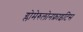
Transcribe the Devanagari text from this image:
ग्लोमेरुलोनफ्राइटिस